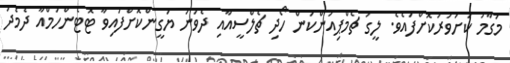
މަގާމު ކަށަވަރުކޮށްފައެވެ. ލީގު ޗެމްޕިއަންކަން ހޯދި ޗެލްސީއާއި ދެވަނަ ޔަގީންކޮށްފައިވާ ޓޮޓެންހަމްއާ ދެމެދު